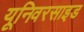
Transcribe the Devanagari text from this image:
यूनिवरसाइड